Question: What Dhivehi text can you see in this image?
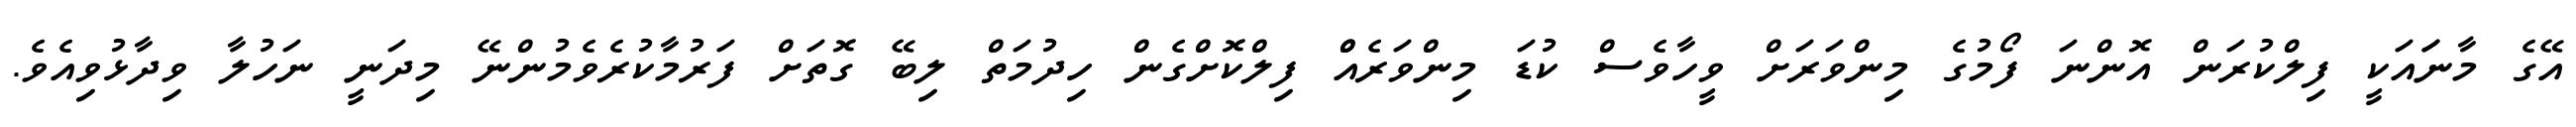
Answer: އޭގެ މާނަައަކީ ފިލްކުރަން އޮންނަ ފޯމުގެ މިންވަރަށް ވީހާވެސް ކުޑަ މިންވަރެއްް ފިލްކޮށްގެން ހިދުމަތް ލިބޭ ގޮތަށް ފަރުމާކުރެވެމުންނޭ މިދަނީ ނަހުލާ ވިދާޅުވިއެވެ.